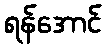
ရန်အောင်